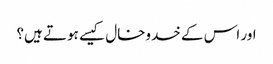
اور اس کے خدوخال کیسے ہوتے ہیں؟